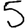
Digit: 5